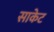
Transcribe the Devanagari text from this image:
साकेट